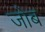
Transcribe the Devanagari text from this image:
जोब